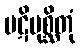
ပဋိပုစ္ဆိတုံ